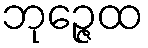
ဘုဉ္ဇေထ